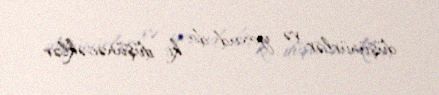
düşünürlər və yaxud da ki, düşünəcəklər.